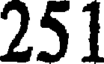
251